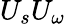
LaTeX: U_{s}U_{\omega}